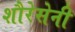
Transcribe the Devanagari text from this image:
शौरेसेनी